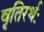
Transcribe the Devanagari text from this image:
वृतिरर्थः